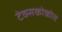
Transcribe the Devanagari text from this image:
टेक्सकोकोस